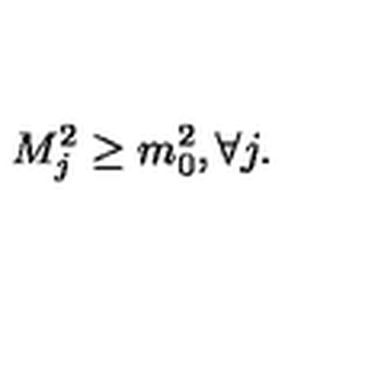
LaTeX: M _ { j } ^ { 2 } \geq m _ { 0 } ^ { 2 } , \forall j .